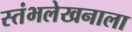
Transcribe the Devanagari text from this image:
स्तंभलेखनाला